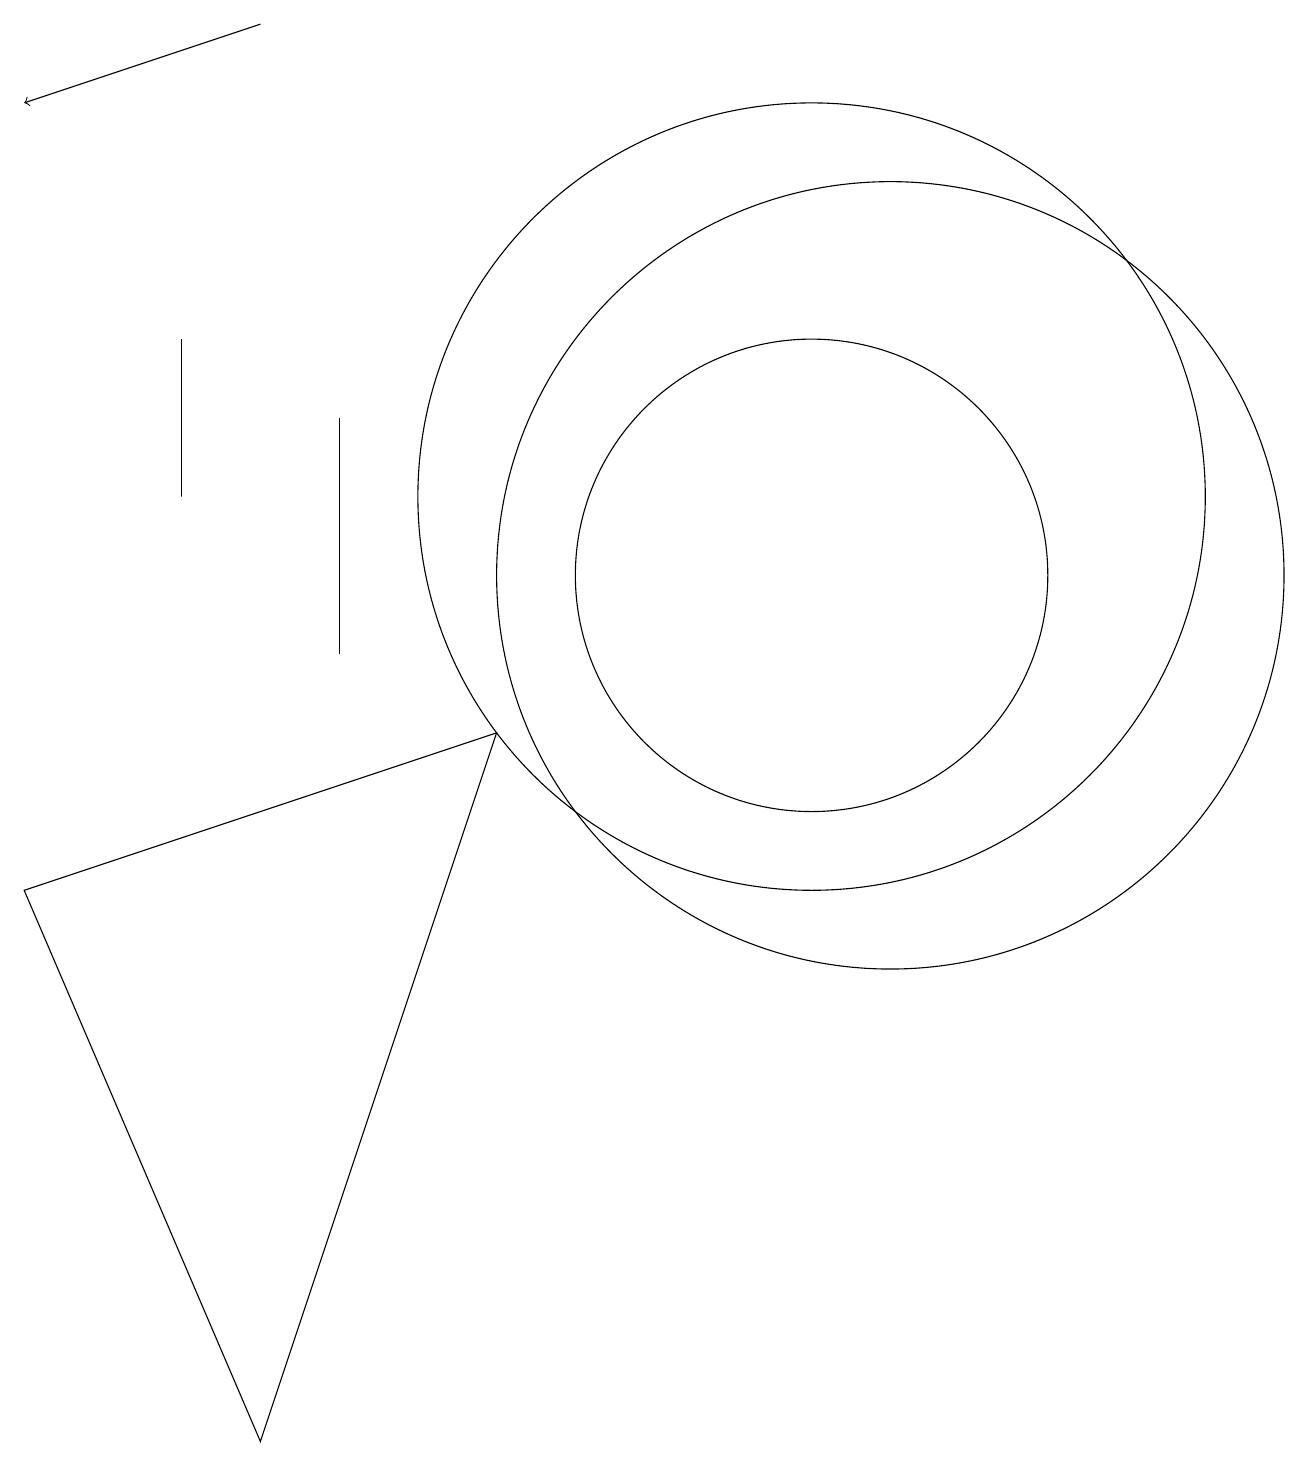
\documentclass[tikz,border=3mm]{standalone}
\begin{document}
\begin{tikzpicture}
\draw[->] (4,18) -- (1,17);
\draw (11,11) circle (3);
\draw (11,12) circle (5);
\draw (1,7) -- (7,9) -- (4,0) -- cycle;
\draw (5,13) rectangle (5,10);
\draw (12,11) circle (5);
\draw (3,12) rectangle (3,14);
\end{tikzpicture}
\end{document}